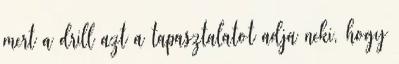
mert a drill azt a tapasztalatot adja neki, hogy